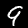
Label: 9